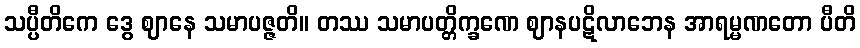
သပ္ပီတိကေ ဒွေ ဈာနေ သမာပဇ္ဇတိ။ တဿ သမာပတ္တိက္ခဏေ ဈာနပဋိလာဘေန အာရမ္မဏတော ပီတိ